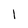
Character: 1